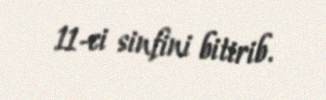
11-ci sinfini bitirib.